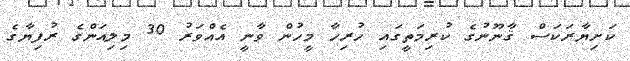
ކަށިޔާރަކަސް ޤާނޫނުގެ ކުރިމަތީގައި ހުރިހާ މީހުން ވާނީ އެއްވަރު 30 މިލިއަންގެ ރުފިޔާގެ